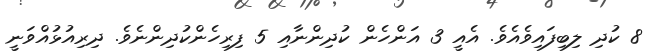
8 ކުދި ލިބިފައިވެއެވެ. އެއީ 3 އަންހެން ކުދިންނާއި 5 ފިރިހެންކުދިންނެވެ. ދިރިއުޅުއްވަނީ